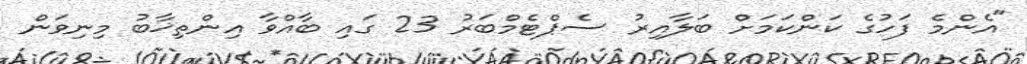
"އެންމެ ފަހުގެ ކަންކަމަށް ބަލާއިރު ސެޕްޓެމްބަރު 23 ގައި ބާއްވާ އިންތިޚާބު މިނިވަން